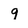
Character: 9